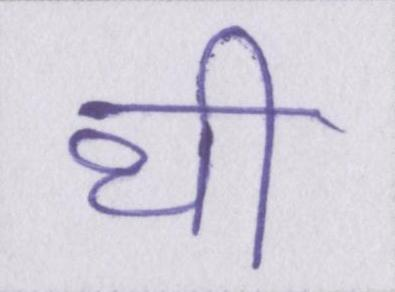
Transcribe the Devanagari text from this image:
थी